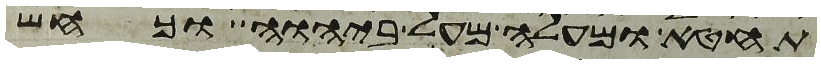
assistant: תחטא ומעלה מעל ביהוה וכחש